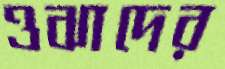
ওঝাদের